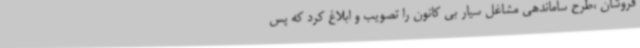
فروشان ،طرح ساماندهی مشاغل سیار بی کانون را تصویب و ابلاغ کرد که پس